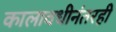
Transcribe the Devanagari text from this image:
कालावधीनंतरही